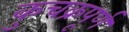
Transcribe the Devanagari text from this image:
कुचक्रपूर्ण